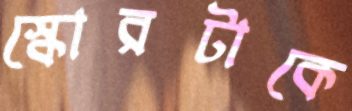
স্কোরটাকে